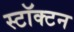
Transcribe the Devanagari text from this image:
स्टॉक्टन